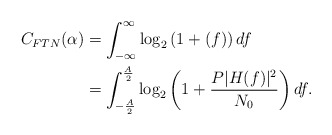
\begin{align*}C_{FTN} (\alpha) &= \int_{-\infty}^{\infty}\log_{2} \left( 1 + (f) \right) df \\&= \int_{-\frac{A}{2}}^{\frac{A}{2}} \log_{2} \left( 1+\frac{P|H(f)|^{2}}{N_{0}} \right) df. \end{align*}